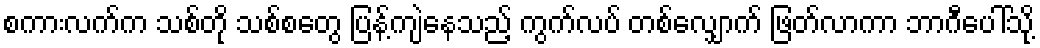
စကားလက်က သစ်တို သစ်စတွေ ပြန့်ကျဲနေသည့် ကွက်လပ် တစ်လျှောက် ဖြတ်လာကာ ဘာဂီပေါ်သို့